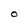
Character: O